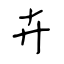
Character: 卉